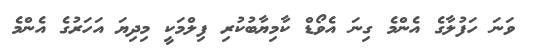
ވަނަ ހަފުލާގެ އެންމެ ގިނަ އެވޯޑް ކާމިޔާބުކުރި ފިލްމަކީ މިދިޔަ އަހަރުގެ އެންމެ